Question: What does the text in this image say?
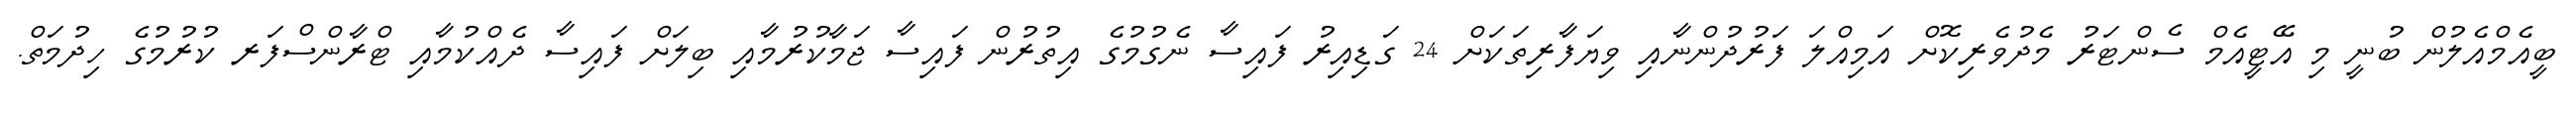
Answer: ބީއެމްއެލުން ބުނީ މި އޭޓީއެމް ސެންޓަރު މެދުވެރިކޮށް އަމިއްލަ ފަރުދުންނާއި ވިޔަފާރިތަކަށް 24 ގަޑިއިރު ފައިސާ ނެގުމުގެ އިތުރުން ފައިސާ ޖަމާކުރުމާއި ބިލަށް ފައިސާ ދެއްކުމާއި ޓްރާންސްފަރ ކުރުމުގެ ހިދުމަތް.